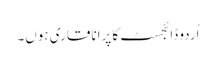
اُردو ڈائجسٹ کا پرانا قاری ہوں۔